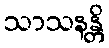
သာသနန္တိ